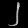
Digit: ၂